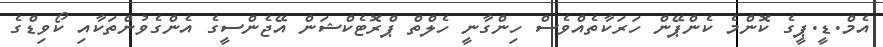
އެމް.ޑީ.ޕީގެ ކޮންމެ ކެންޕޭން ހަރަކާތެއްވެސް ހިންގާނީ ހެލްތް ޕްރޮޓެކްޝަން އޭޖެންސީގެ އެންގެވުންތަކާއި ކޯވިޑްގެ